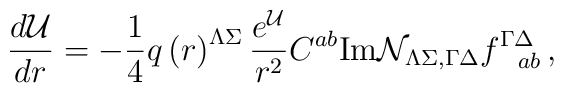
{d{\cal U}\over dr}=-{1\over 4}q\left(r\right)^{\Lambda\Sigma}{e^{\cal U}\over r^2}C^{ab}{\rm Im}{\cal N }_{\Lambda \Sigma,\Gamma\Delta}f^{\Gamma\Delta}_{~~ab}\, ,